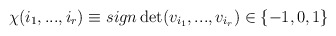
\begin{align*}\chi (i_{1},...,i_{r})\equiv sign\det (v_{i_{1}},...,v_{i_{r}})\in\{-1,0,1\}\end{align*}